Annual administration report of the Civil Veterinary Department of India - 1899-1900
Year: 1899
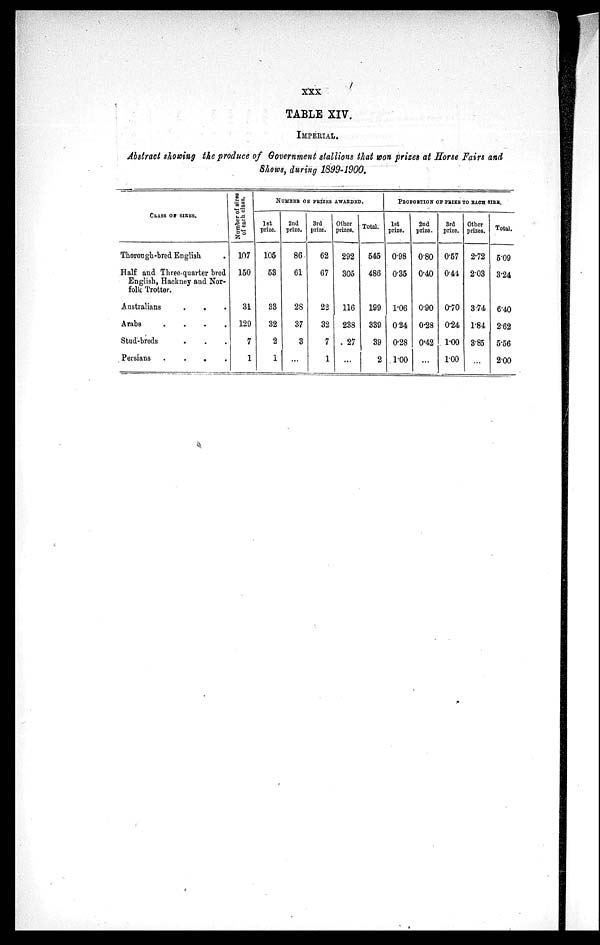
XXX
TABLE XIV.
IMPERIAL.
Abstract showing the produce of Government stallions that won prizes at Horse Fairs and
Shows, during 1899-1900.
CLASS OF SIRES.
Thorough-bred English .
Half and Three-quarter bred
English, Hackney and Nor-
folk Trotter.
Australians . . .
Arabs
.
.
.
.
Stud-breds . . .
Persians
.
.
.
.
Number of sires
of each class.
107
150
31
129
7
1
NUMBER OF PRIZES AWARDED.
1st
prize.
105
53
33
32
2
1
2nd
prize.
86
61
28
37
3
...
3rd
prize.
62
67
22
32
7
1
Other
prizes.
292
305
116
238
27
...
Total.
545
486
199
339
39
2
PROPORTION OF PRIZE TO EACH SIRE
1st
prize.
098
0.35
1.06
0.24
0.28
1.00
2nd
prize.
0.80
0.40
0.90
0.28
0.42
...
3rd
prize.
0.57
0.44
0.70
0.24
1.00
1.00
Other
prizes.
2.72
2.03
3.74
1.84
3.85
...
Total.
5.09
3.24
6.40
2.62
5.56
2.00